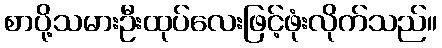
စာပို့သမားဦးထုပ်လေးဖြင့်ဖုံးလိုက်သည်။